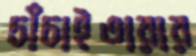
চাঁচাইতারার